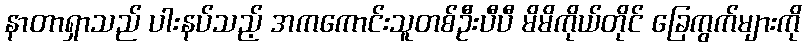
နာတာရှာသည် ပါးနပ်သည့် အကကောင်းသူတစ်ဦးပီပီ မိမိကိုယ်တိုင် ခြေကွက်များကို